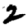
Digit: 2